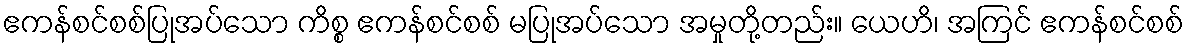
ဧကန်စင်စစ်ပြုအပ်သော ကိစ္စ ဧကန်စင်စစ် မပြုအပ်သော အမှုတို့တည်း။ ယေဟိ၊ အကြင် ဧကန်စင်စစ်